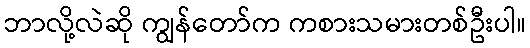
ဘာလို့လဲဆို ကျွန်တော်က ကစားသမားတစ်ဦးပါ။